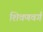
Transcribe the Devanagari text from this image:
शिवणवर्ग